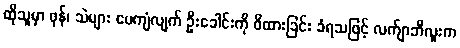
ထိုသူမှာ ဖုန်၊ သဲများ ပေကျံလျက် ဦးခေါင်းကို ဖိထားခြင်း ခံရသဖြင့် လက်ျာဘီလူးက